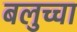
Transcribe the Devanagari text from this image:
बलुच्चा